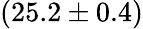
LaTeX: (25.2\pm 0.4)